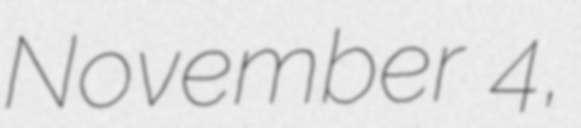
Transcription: November 4,